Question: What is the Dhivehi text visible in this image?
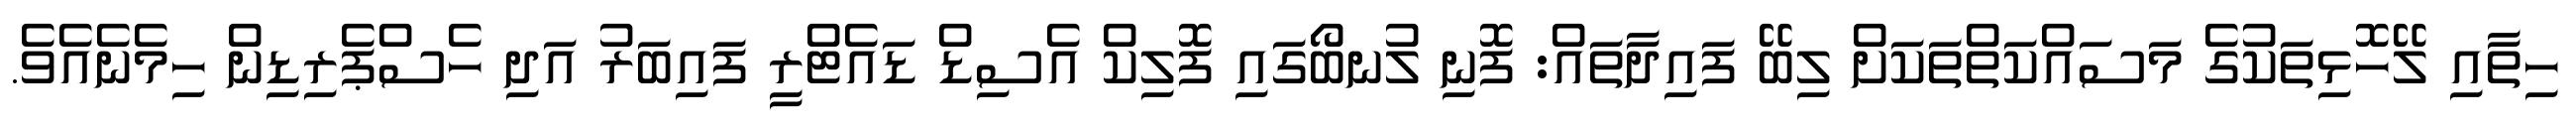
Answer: ހިތާއި ލޭހޮޅިތަކުގެ މަސައްކަތްތަކަށް ލިބޭ ފައިދާތައް: ފޮނި ލުނބޯގައި ފޮލިކް އެސިޑް ޑައެޓްރީ ފައިބަރު އަދި ހެސްޕެރިޑިން ހިމެނެއެވެ.